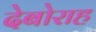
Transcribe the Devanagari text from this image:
देबोराह